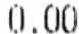
0.00